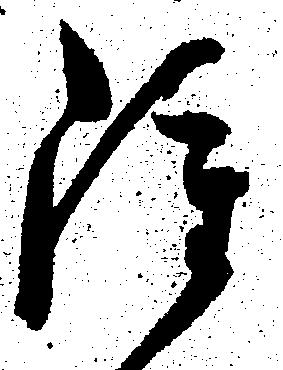
雖